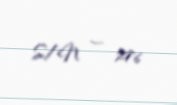
S/N — 276